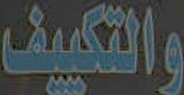
والتكييف